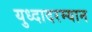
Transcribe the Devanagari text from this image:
युध्दादरम्यान